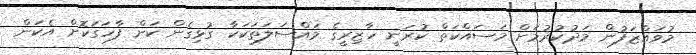
މުވައްޒަފުން މަދުކުރުމަށް މަސައްކަތް ކުރަނީ ހާޒިރީގެ މައްސަލަތަކަކާ ގުޅިގެން ކަން ފާހަގަކޮށް އެކަން